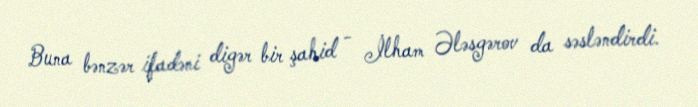
Buna bənzər ifadəni digər bir şahid - İlham Ələsgərov da səsləndirdi.